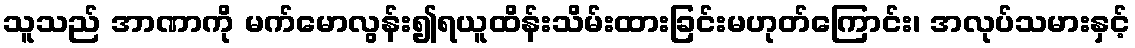
သူသည် အာဏာကို မက်မောလွန်း၍ရယူထိန်းသိမ်းထားခြင်းမဟုတ်ကြောင်း၊ အလုပ်သမားနှင့်